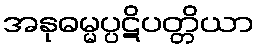
အနုဓမ္မပ္ပဋိပတ္တိယာ